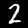
Digit: 2